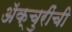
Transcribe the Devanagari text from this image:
ॲक्चुरींची